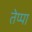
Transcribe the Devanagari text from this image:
तेप्पा